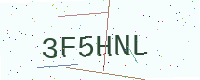
Text: 3F5HNL